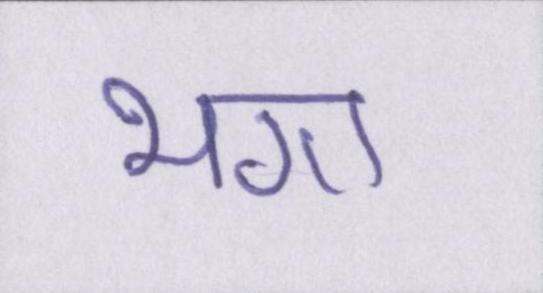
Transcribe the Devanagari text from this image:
भगा